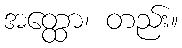
အတ္ထော၊ တည်း။